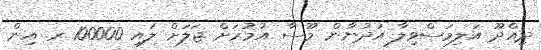
ދިއްދޫ އަލިމަސްވިލާ އަދުނާން މޫސާ އުމުރަށް ޖަލަށް ލައި 100000 ރ. އިން